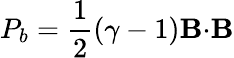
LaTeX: P_{b}=\frac{1}{2}(\gamma-1)\mathbf{B}{\cdot}\mathbf{B}